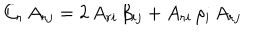
LaTeX: C _ { r } \, A _ { r j } = 2 \, A _ { r i } \, \beta _ { i j } + A _ { r i } \, \rho _ { i } \, A _ { r j }